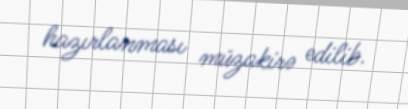
hazırlanması müzakirə edilib.